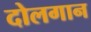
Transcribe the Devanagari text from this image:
दोलगान